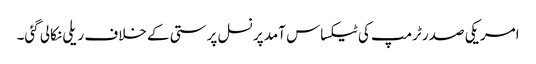
امریکی صدر ٹرمپ کی ٹیکساس آمد پر نسل پرستی کے خلاف ریلی نکالی گئی۔